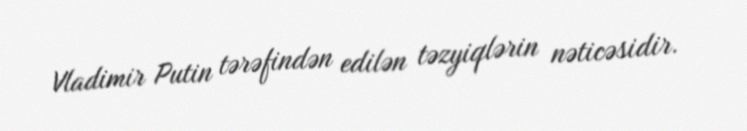
Vladimir Putin tərəfindən edilən təzyiqlərin nəticəsidir.